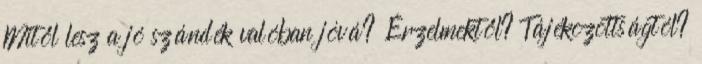
Mitől lesz a jó szándék valóban jóvá? Érzelmektől? Tájékozottságtól?